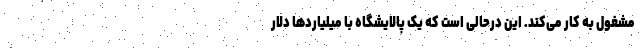
مشغول به کار می‌کند. این درحالی است که یک پالایشگاه با میلیاردها دلار